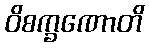
ဝိစက္ခဏောတိ